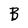
Character: B